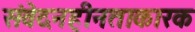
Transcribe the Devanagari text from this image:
संवेदनहीनताकारक